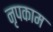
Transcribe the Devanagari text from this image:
नृपकाम